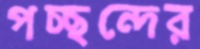
পচ্ছন্দের